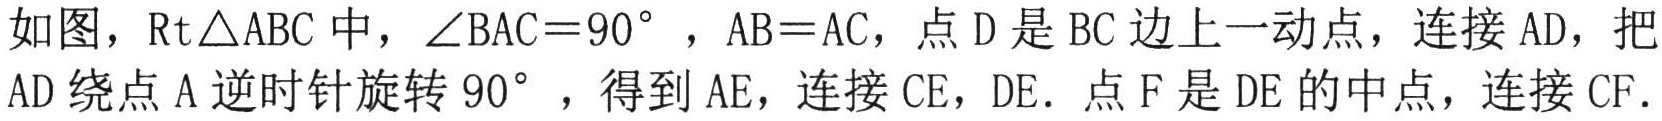
如图，\(\text{Rt} \triangle ABC\)中，\(\angle BAC = 90^{\circ}\) ，\(AB = AC\)，点\(D\)是\(BC\)边上一动点，连接\(AD\)，把\(AD\)绕点\(A\)逆时针旋转\(90^{\circ}\)，得到\(AE\)，连接\(CE\)，\(DE\)．点\(F\)是\(DE\)的中点，连接\(CF\)．